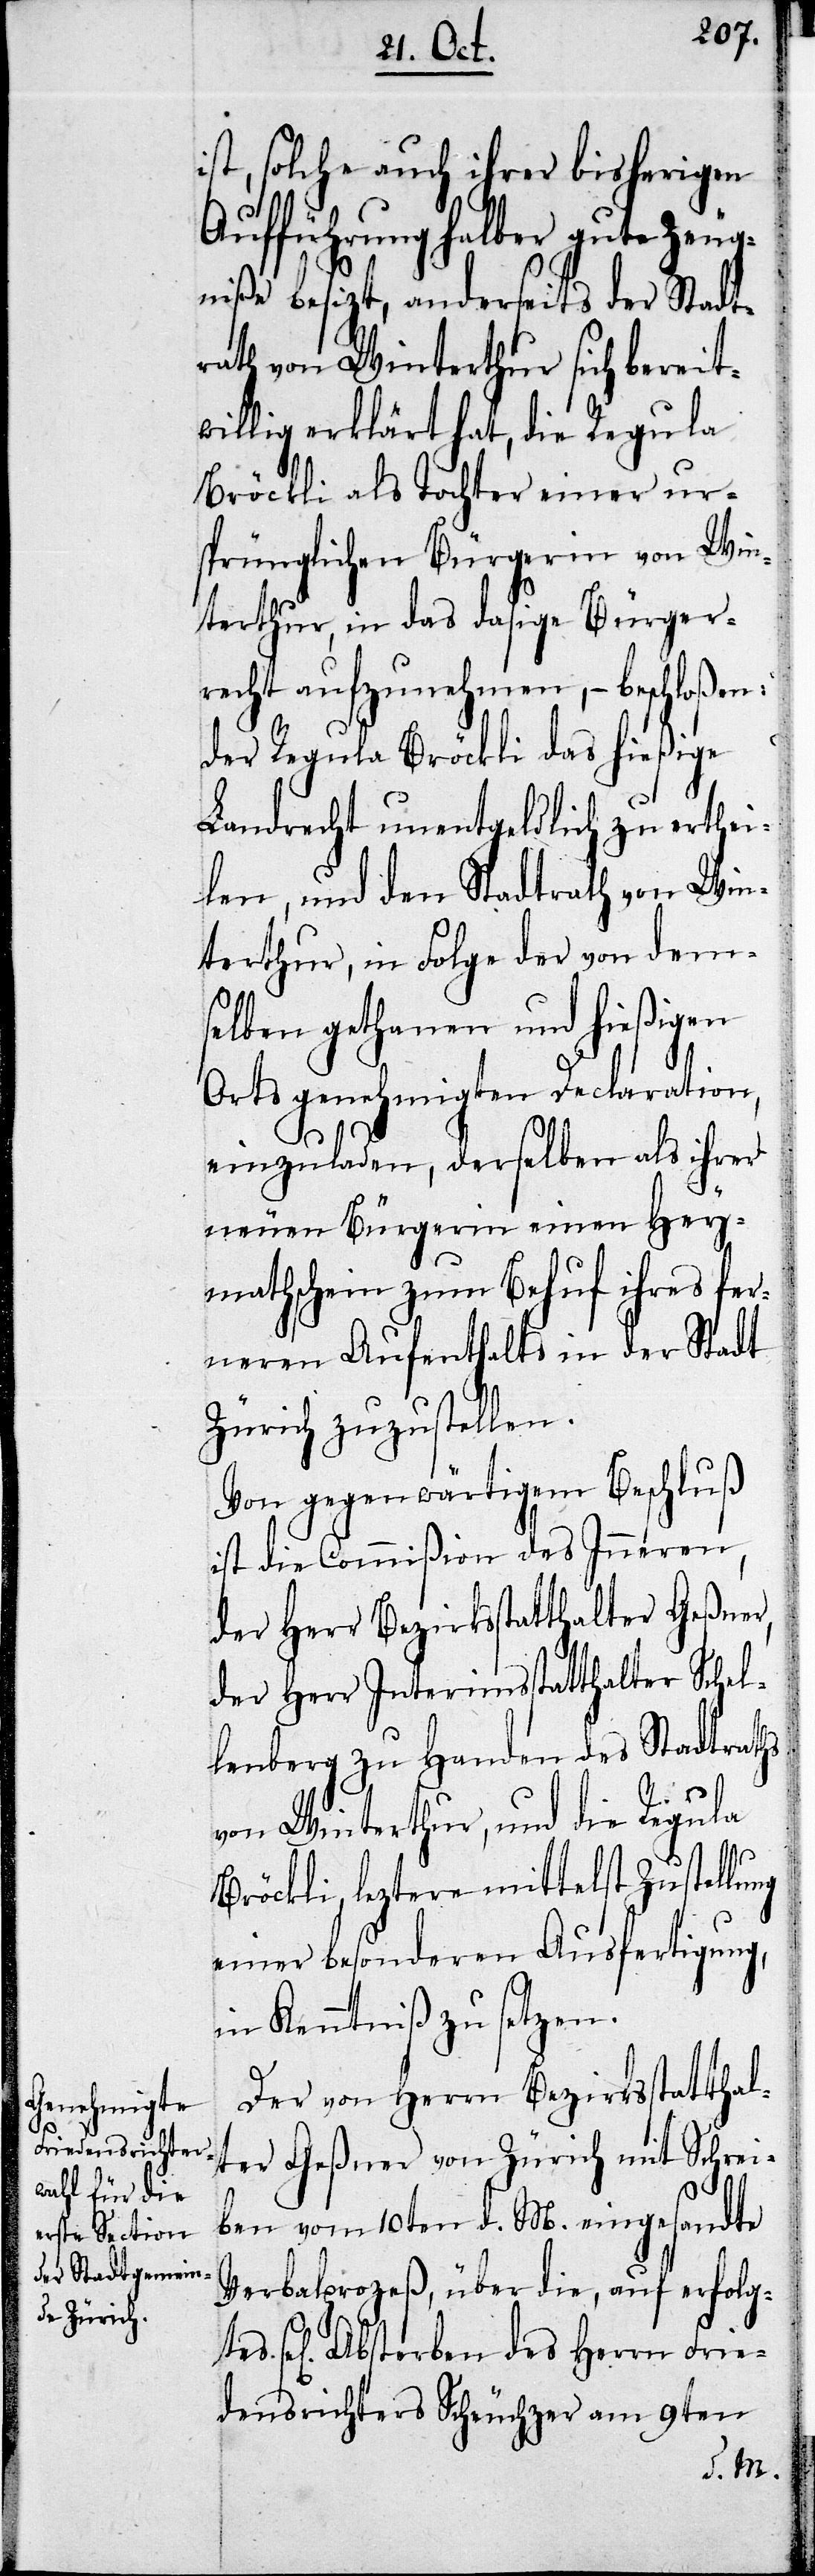
ist, solche auch ihrer bisherigen
Aufführung halber gute Zeug¬
niße besitzt, anderseits der Stadt¬
rath von Winterthur sich bereit¬
willig erklärt hat, die Regula
Bröckli als Tochter einer ur¬
sprünglichen Bürgerin von Win¬
terthur, in das dasige Bürger¬
recht aufzunehmen, – beschloßen:
der Regula Bröckli das hießige
Landrecht unentgeldlich zu erthei¬
len, und den Stadtrath von Win¬
terthur, in Folge der von dem¬
selben gethanen und hießigen
Orts genehmigten Declaration,
einzuladen, derselben als ihrer
neuen Bürgerin einen Hey¬
mathschein zum Behuf ihres fer¬
neren Aufenthalts in der Stadt
Zürich zuzustellen.
Von gegenwärtigem Beschluß
ist die Commißion des Inneren,
der Herr Bezirksstatthalter Geßner,
der Herr Interimsstatthalter Schel¬
lenberg zu Handen des Stadtraths
von Winterthur, und die Regula
Bröckli, letztere mittelst Zustellung
einer besonderen Ausfertigung,
in Kenntniß zu setzen.
Der von Herrn Bezirksstatthal¬
ter Geßner von Zürich mit Schrei¬
ben vom 10ten d. M. eingesandte
Verbalproceß, über die, auf erfolg¬
tes sel. Absterben des Herrn Frie¬
densrichters Scheuchzer am 9ten